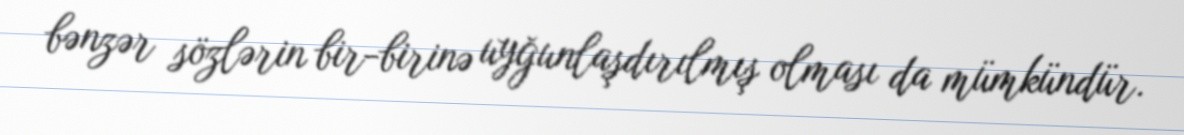
bənzər sözlərin bir-birinə uyğunlaşdırılmış olması da mümkündür.